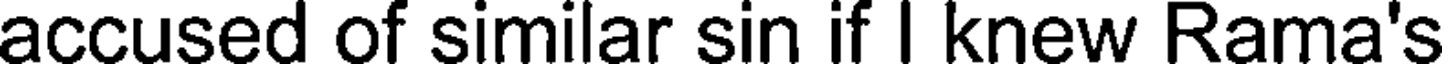
accused of similar sin if I knew Rama's